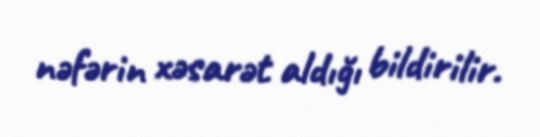
nəfərin xəsarət aldığı bildirilir.